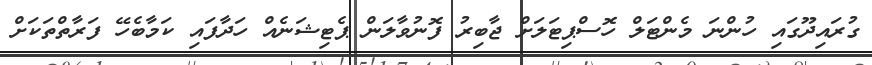
ގުރައިދޫގައި ހުންނަ މެންޓަލް ހޮސްޕިޓަލަށް ޖާބިރު ފޮނުވާލަން ޕެޓިޝަނެއް ހަދާފައި ކަމާބެހޭ ފަރާތްތަކަށް